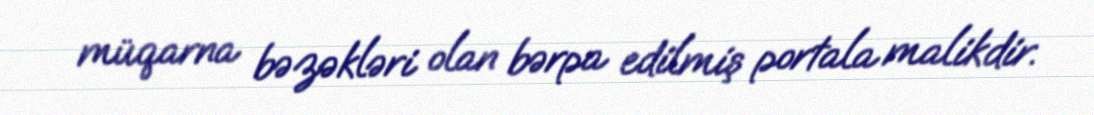
müqarna bəzəkləri olan bərpa edilmiş portala malikdir.